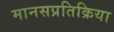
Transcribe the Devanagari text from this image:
मानसप्रतिक्रिया